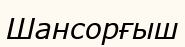
Шансорғыш